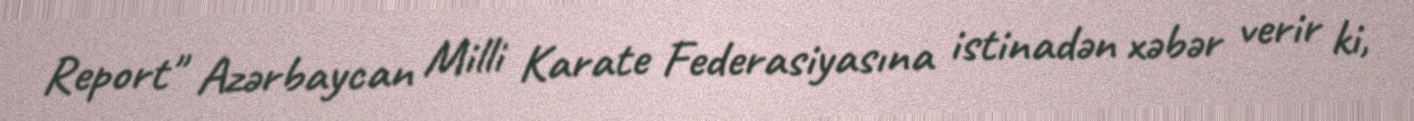
Report" Azərbaycan Milli Karate Federasiyasına istinadən xəbər verir ki,